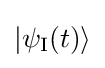
|\psi _{\text{I}}(t)\rangle